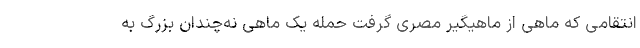
انتقامی که ماهی از ماهیگیر مصری گرفت حمله یک ماهی نه‌چندان بزرگ به